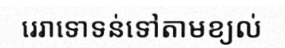
រេរាទោទន់ទៅតាមខ្យល់